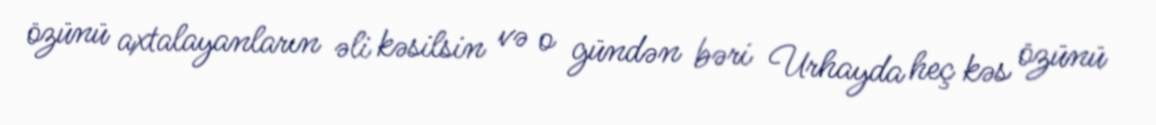
özünü axtalayanların əli kəsilsin və o gündən bəri Urhayda heç kəs özünü